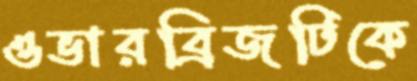
ওভারব্রিজটিকে